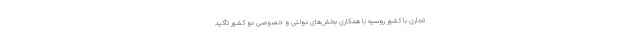
تجاری با کشور روسیه با همکاری بخش‌های دولتی و خصوصی دو کشور تأکید